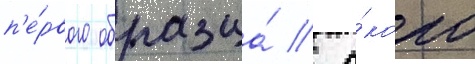
п'е́рвого образца́ / о́коло